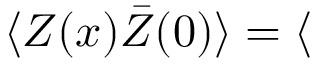
\langle Z ( x ) \bar { Z } ( 0 ) \rangle = \langle